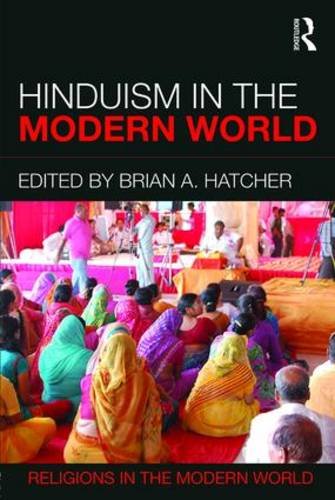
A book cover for Hinduism in the Modern World (Religions in the Modern World); Religion & Spirituality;